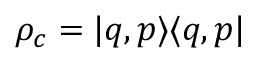
\rho _ { c } = \vert q , p \rangle \langle q , p \vert